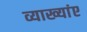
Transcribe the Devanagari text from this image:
व्याख्यांए